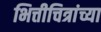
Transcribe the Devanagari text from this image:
भित्तीचित्रांच्या